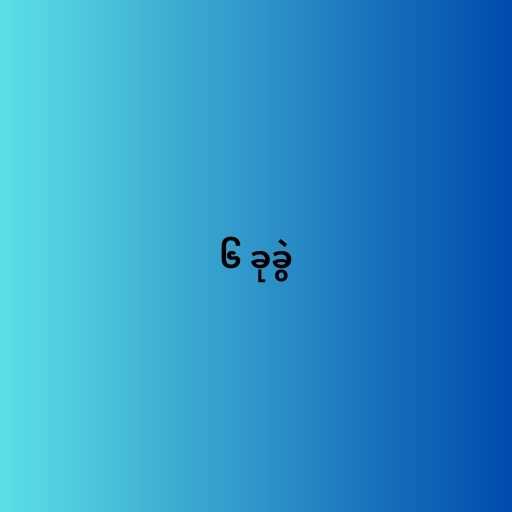
၆ ခုခွဲ